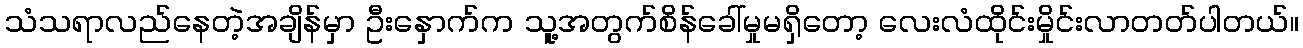
သံသရာလည်နေတဲ့အချိန်မှာ ဦးနှောက်က သူ့အတွက်စိန်ခေါ်မှုမရှိတော့ လေးလံထိုင်းမှိုင်းလာတတ်ပါတယ်။